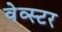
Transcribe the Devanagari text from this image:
वेव्स्टर